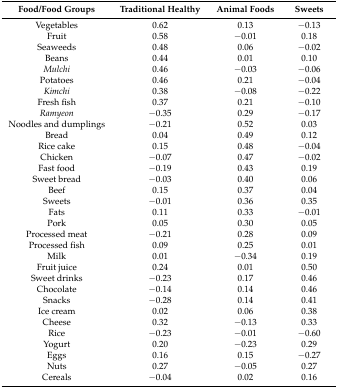
| Food/Food Groups | Traditional Healthy | Animal Foods | Sweets |
 | --- | --- | --- | --- |
 | Vegetables | 0.62 | 0.13 | −0.13 |
 | Fruit | 0.58 | −0.01 | 0.18 |
 | Seaweeds | 0.48 | 0.06 | −0.02 |
 | Beans | 0.44 | 0.01 | 0.10 |
 | Mulchi | 0.46 | −0.03 | −0.06 |
 | Potatoes | 0.46 | 0.21 | −0.04 |
 | Kimchi | 0.38 | −0.08 | −0.22 |
 | Fresh fish | 0.37 | 0.21 | −0.10 |
 | Ramyeon | −0.35 | 0.29 | −0.17 |
 | Noodles and dumplings | −0.21 | 0.52 | 0.03 |
 | Bread | 0.04 | 0.49 | 0.12 |
 | Rice cake | 0.15 | 0.48 | −0.04 |
 | Chicken | −0.07 | 0.47 | −0.02 |
 | Fast food | −0.19 | 0.43 | 0.19 |
 | Sweet bread | −0.03 | 0.40 | 0.06 |
 | Beef | 0.15 | 0.37 | 0.04 |
 | Sweets | −0.01 | 0.36 | 0.35 |
 | Fats | 0.11 | 0.33 | −0.01 |
 | Pork | 0.05 | 0.30 | 0.05 |
 | Processed meat | −0.21 | 0.28 | 0.09 |
 | Processed fish | 0.09 | 0.25 | 0.01 |
 | Milk | 0.01 | −0.34 | 0.19 |
 | Fruit juice | 0.24 | 0.01 | 0.50 |
 | Sweet drinks | −0.23 | 0.17 | 0.46 |
 | Chocolate | −0.14 | 0.14 | 0.46 |
 | Snacks | −0.28 | 0.14 | 0.41 |
 | Ice cream | 0.02 | 0.06 | 0.38 |
 | Cheese | 0.32 | −0.13 | 0.33 |
 | Rice | −0.23 | −0.01 | −0.60 |
 | Yogurt | 0.20 | −0.23 | 0.29 |
 | Eggs | 0.16 | 0.15 | −0.27 |
 | Nuts | 0.27 | −0.05 | 0.27 |
 | Cereals | −0.04 | 0.02 | 0.16 |